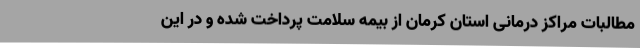
مطالبات مراکز درمانی استان کرمان از بیمه سلامت پرداخت شده و در این